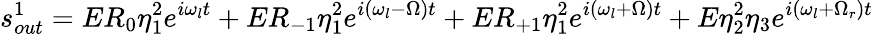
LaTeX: s_{out}^{1}=ER_{0}\eta_{1}^{2}e^{i\omega_{l}t}+ER_{-1}\eta_{1}^{2}e^{i(\omega_{l}-\Omega)t}+ER_{+1}\eta_{1}^{2}e^{i(\omega_{l}+\Omega)t}+E\eta_{2}^{2}\eta_{3}e^{i(\omega_{l}+\Omega_{r})t}